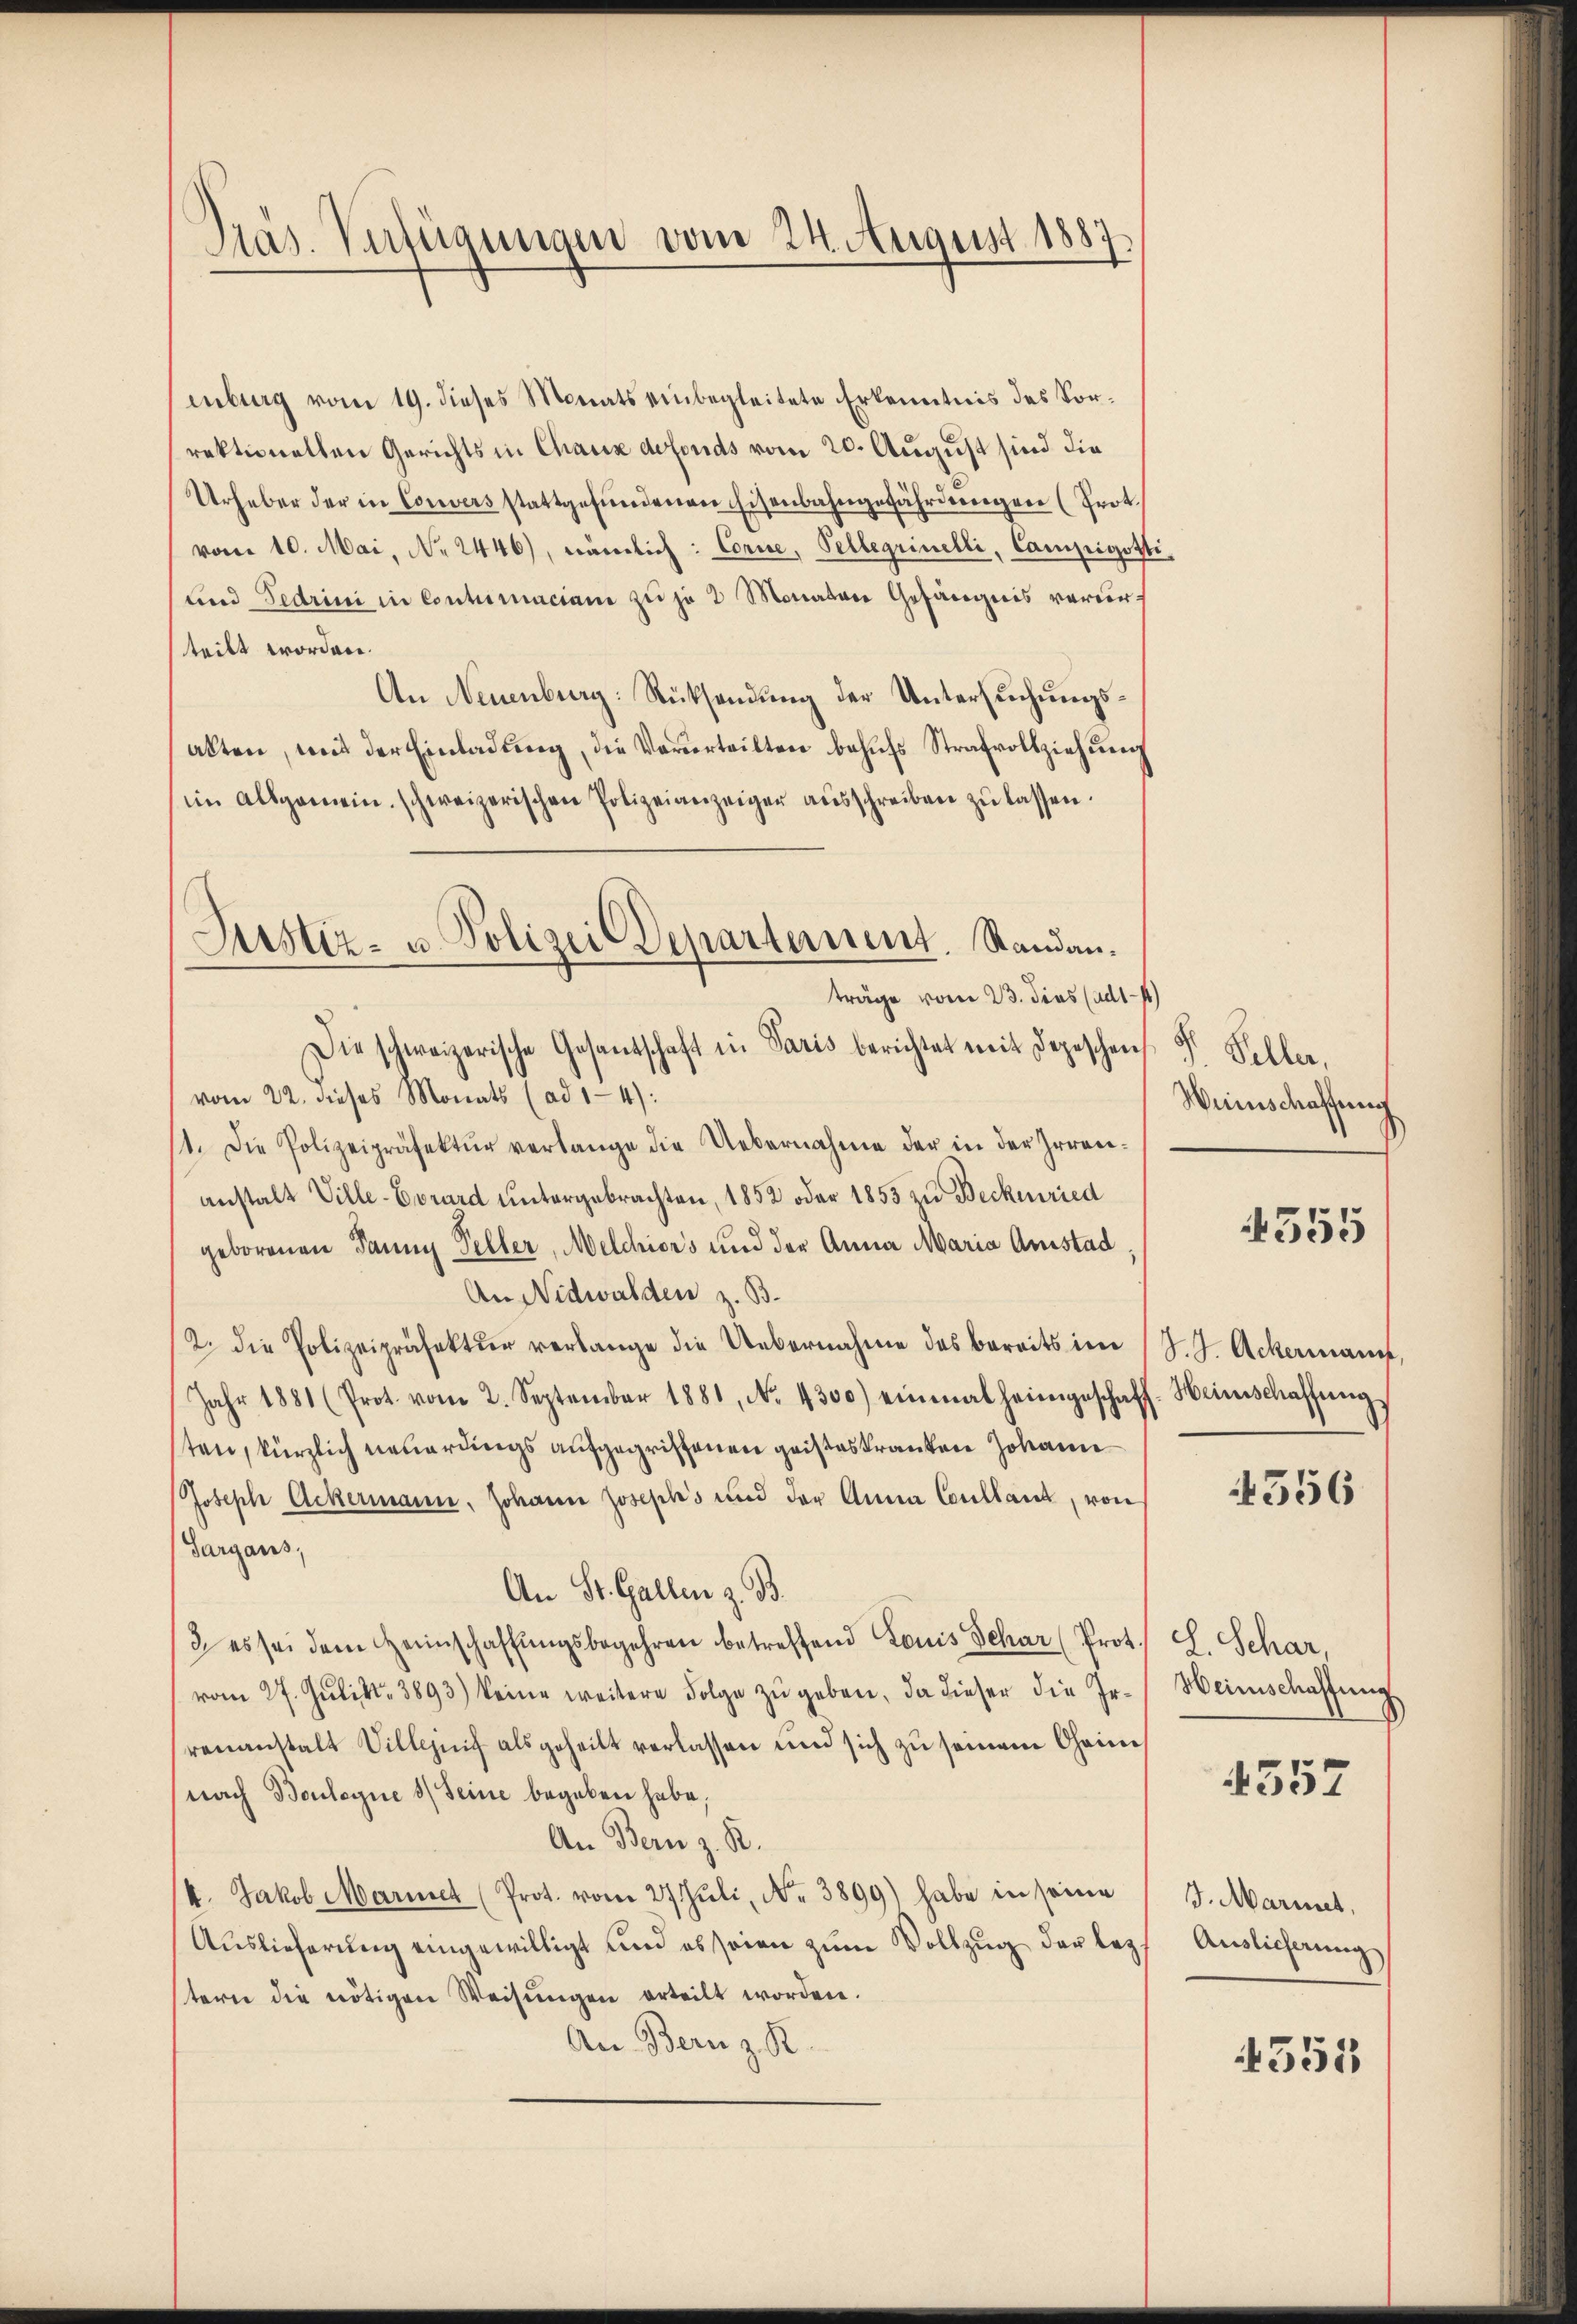
Präs. Verfügungen vom 24. August 1887.

Justiz- u. Polizei Departernent. Standanträge vom 23. dies (ad14)

enburg vom 19. dieses Monats einbegleitete Erkenntnis des Vorrektionellen Gerichts in Chaux defonds vom 20. August sind die
Urheber der in Convers stattgefŭndenen Eisenbahngefährdungen (Prot
vom 10. Mai, No 2446), nämlich: Corne, Pellerinelli, Campigott
und Fedrini in Contumaciam zu je 2 Monaten Gefängnis verurteilt worden.
An Neuenburg: Rücksendung der Untersuchungsakten, mit der Einladŭng, die Verurteilten behŭfs Strafvollziehŭng
im allgemein schweizerischen Polizeianzeiger aŭsschreiben zŭ lassen.
Die schweizerische Gesantschaft in Paris berichtet mit Depeschen
vom 22. dieses Monats (ad 1-4):
11. Die Polizeipräsektŭr verlange die Uebernahme der in der Irren-
anstalt Ville-Evrard untergebrachten, 1852 oder 1853 zu Beckenried
geborenen Dann Peller, Melchiors und der Anna Maria Amstad
An Nidwalden z. B.
2. die Polizeipräfektŭr verlange die Uebernahme des bereits im J. J. Ackermann,
Jahr 1881 (Prot. vom 2. September 1881, No. 4300) einmal heimgeschaff- Heinschaffŭng
ten, kürzlich neuerungs aufgegriffenen geisteskranken Johann
Joseph Ackermann, Johann Josephs und der Anna Coulland, von
Gargaus,
An St. Gallen z. B.
2. es sei dem Heimschaffŭngsbegehren betreffend Louis Schar (Prot.
vom 27. Jŭlirt. 3893) keine weitere Folge zŭ geben, da dieser die Ir-
renanstalt Villezeit als geheilt verlassen und sich zu seinem Chainnach Bouleyne 3 Seine begeben habe,
An Bern z. B.
/4. Jakob Mariet (Prot. vom 27. Jŭli, Nr. 3899) habe in seine
Auslieferung eingewilligt und es seien zum Vollzug der lezt
tern die nötigen Weisŭngen erteilt worden.
An Bern z. R.

S. Seller,
Weinschaffung

555

4556

L. Schar,
Weinschaffung
4552

J. Mariet,
Auslieferung

4551